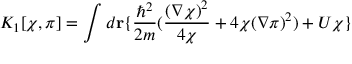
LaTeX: K _ { 1 } [ \chi , \pi ] = \int d { \bf r } \{ { \frac { \hbar ^ { 2 } } { 2 m } } ( { \frac { ( \nabla \chi ) ^ { 2 } } { 4 \chi } } + 4 \chi ( \nabla \pi ) ^ { 2 } ) + U \chi \}